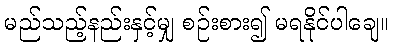
မည်သည့်နည်းနှင့်မျှ စဉ်းစား၍ မရနိုင်ပါချေ။